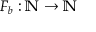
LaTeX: F _ { b } : \mathbb { N } \rightarrow \mathbb { N }